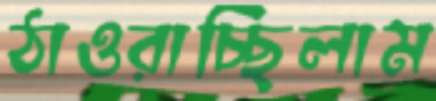
ঠাওরাচ্ছিলাম